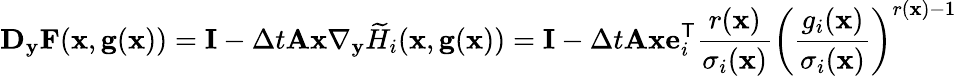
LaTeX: \mathbf D_{\mathbf y}\mathbf F(\mathbf x,\mathbf g(\mathbf x))=\mathbf I-\Delta t\mathbf A\mathbf x\nabla_{\mathbf y}\widetilde H_{i}(\mathbf x,\mathbf g(\mathbf x))=\mathbf I-\Delta t\mathbf A\mathbf x\mathbf e_{i}^{\mathsf{T}}\frac{r(\mathbf x)}{\sigma_{i}(\mathbf x)}\left(\frac{g_{i}(\mathbf x)}{\sigma_{i}(\mathbf x)}\right)^{r(\mathbf x)-1}